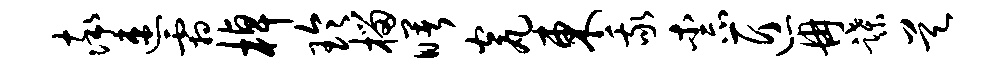
率速霜棹玲榴曙瓮东我柰匠冉蹀昊